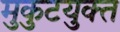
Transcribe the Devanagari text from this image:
मुकुटयुक्त